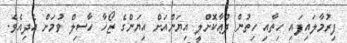
ފިރުމާލައިފައި ހިތާއި ހިތުން ދުޢާކޮށްލީ އިޔަންއަށް އިޔަންގެ ޒޯހާ ހާސިލް ވުމަށް އެދިއެވެ.